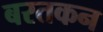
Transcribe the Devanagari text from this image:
बरतकन